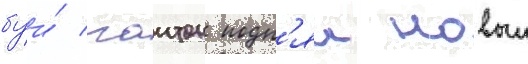
буи́ гаитон подн'ял новыи